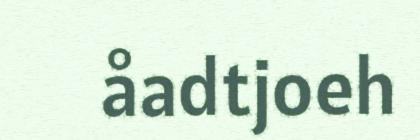
åadtjoeh